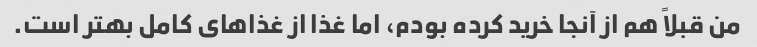
من قبلاً هم از آنجا خرید کرده بودم، اما غذا از غذاهای کامل بهتر است.